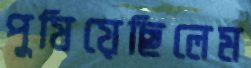
পুষিয়েছিলেম